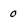
Character: 0